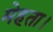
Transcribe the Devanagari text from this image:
मेहता।